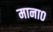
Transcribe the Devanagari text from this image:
माना०